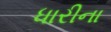
ધારીના